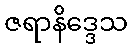
ဇရာနိဒ္ဒေသ